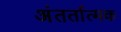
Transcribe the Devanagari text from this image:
अंतर्तात्मक